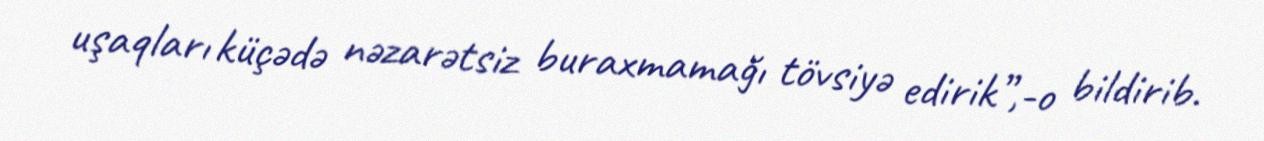
uşaqları küçədə nəzarətsiz buraxmamağı tövsiyə edirik”,-o bildirib.